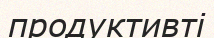
продуктивті